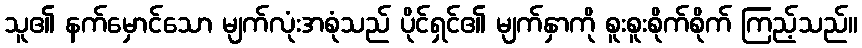
သူ၏ နက်မှောင်သော မျက်လုံးအစုံသည် ပိုင်ရှင်၏ မျက်နှာကို စူးစူးစိုက်စိုက် ကြည့်သည်။